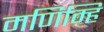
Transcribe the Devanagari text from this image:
मणिम्हि